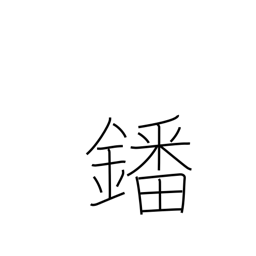
Meaning: vanadium